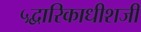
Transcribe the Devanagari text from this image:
५द्वारिकाधीशजी